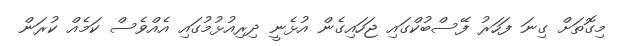
މިގޮތަށް ގިނަ ފަހަރު ފޭސްބުކްގައި ޖަހައިގެން އުޅެނީ ދިރިއުޅުމުގައި އެއްވެސް ކަމެއް ކުރަން